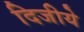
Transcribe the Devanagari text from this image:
दिजीये